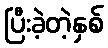
ပြီးခဲ့တဲ့နှစ်